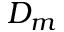
D _ { m }